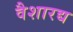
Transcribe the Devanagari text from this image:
वैशारद्य